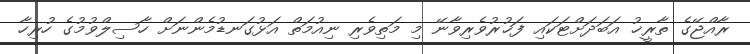
ރާއްޖޭގެ ތާރީޚު އަބަދަށްޓަކައި ފަޚުރުވެރިވާނޭ މި މަތިވެރި ނިއުމަތް އަޅުގަނޑުމެންނަށް ހާސިލްވުމުގެ ހުރިހާ